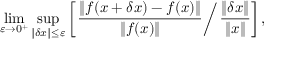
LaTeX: \operatorname* { l i m } _ { \varepsilon \to 0 ^ { + } } \operatorname* { s u p } _ { \| \delta x \| \leq \varepsilon } \left[ \left. { \frac { \left\| f ( x + \delta x ) - f ( x ) \right\| } { \| f ( x ) \| } } \right/ { \frac { \| \delta x \| } { \| x \| } } \right] ,